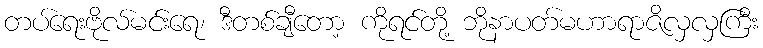
တပ်ရေးဗိုလ်မင်းရေ၊ ဒီတစ်ချီတော့ ကိုရင်တို့ ဘိုနာပတ်မဟာရာဇိလှလှကြီး